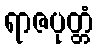
ရာဇပုတ္တံ